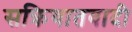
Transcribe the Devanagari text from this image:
सक्रियातवादी